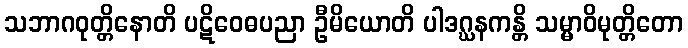
သဘာဂဝုတ္တိနောတိ ပဋိဝေဓပညာ ဦမိယောတိ ပါဒဂ္ဃနကန္တိ သမ္မာဝိမုတ္တိတော